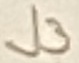
Text: J3